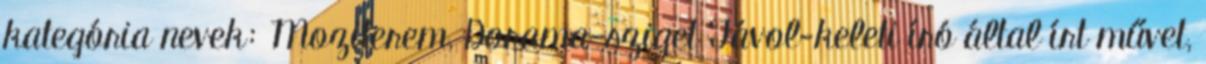
kategória nevek: Moziterem, Dorama-sziget Távol-keleti író által írt művet,